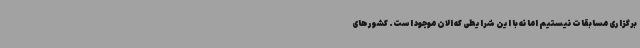
برگزاری مسابقات نیستیم اما نه با این شرایطی که الان موجود است. کشورهای